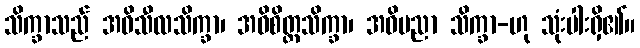
သိက္ခာသည် အဓိသီလသိက္ခာ၊ အဓိစိတ္တသိက္ခာ၊ အဓိပညာ သိက္ခာ-ဟု သုံးပါးရှိ၏။